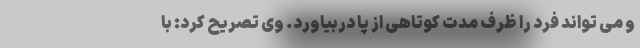
و می تواند فرد را ظرف مدت کوتاهی از پا دربیاورد. وی تصریح کرد: با